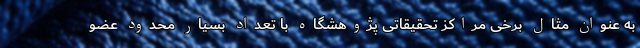
به عنوان مثال برخی مراکز تحقیقاتی پژوهشگاه با تعداد بسیار محدود عضو